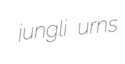
jungli urns